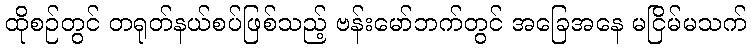
ထိုစဉ်တွင် တရုတ်နယ်စပ်ဖြစ်သည့် ဗန်းမော်ဘက်တွင် အခြေအနေ မငြိမ်မသက်